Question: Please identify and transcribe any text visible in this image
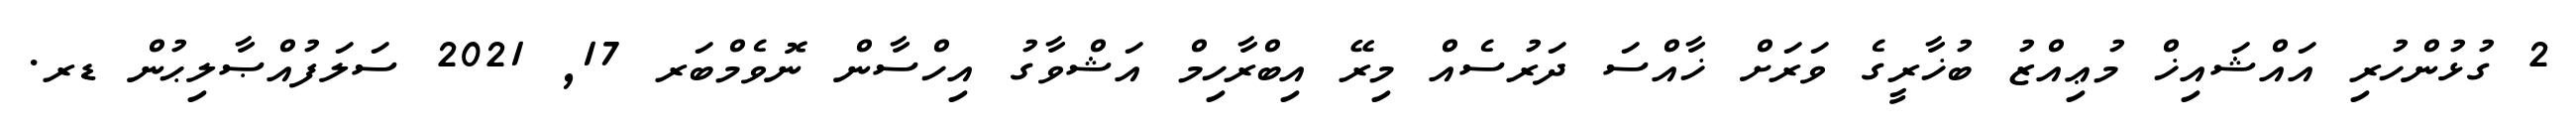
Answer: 2 ގުޅުންހުރި އައްޝައިޚް މުޢިއްޒު ބުޚާރީގެ ވަރަށް ޚާއްސަ ދަރުސެއް މިރޭ އިބްރާހިމް އަޝްވާގު އިހްސާން ނޮވެމްބަރ 17, 2021 ސަލަފުއްޞާލިޙުން ޑރ.